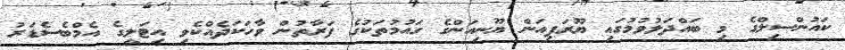
ކައުންސިލްގެ މި ބައްދަލުވުމުގައި ޔޫރަޕިއަން ޔޫނިއަންގެ ގައުމުތަކުގެ ފަރާތުން ވާހަކަދެއްކެވި އިޓަލީގެ އެމްބެސެޑަރު